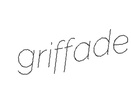
griffade